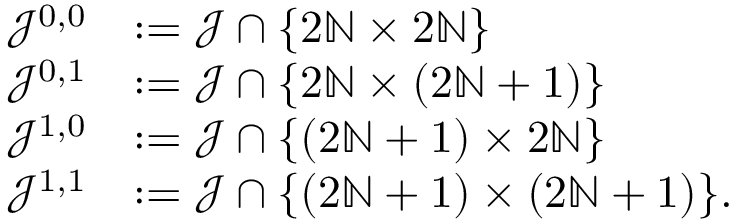
\begin{array} { r l } { \mathcal { J } ^ { 0 , 0 } } & { : = \mathcal { J } \cap \lbrace 2 { \mathbb N } \times 2 { \mathbb N } \rbrace } \\ { \mathcal { J } ^ { 0 , 1 } } & { : = \mathcal { J } \cap \lbrace 2 { \mathbb N } \times ( 2 { \mathbb N } + 1 ) \rbrace } \\ { \mathcal { J } ^ { 1 , 0 } } & { : = \mathcal { J } \cap \lbrace ( 2 { \mathbb N } + 1 ) \times 2 { \mathbb N } \rbrace } \\ { \mathcal { J } ^ { 1 , 1 } } & { : = \mathcal { J } \cap \lbrace ( 2 { \mathbb N } + 1 ) \times ( 2 { \mathbb N } + 1 ) \rbrace . } \end{array}